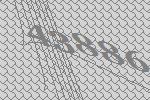
43886